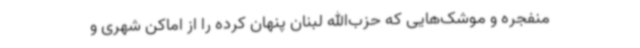
منفجره و موشک‌هایی که حزب‌الله لبنان پنهان کرده را از اماکن شهری و